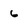
Character: 6